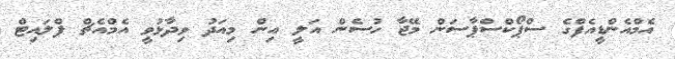
އެމްއެންޑީއެފްގެ ސްޕޯކްސްޕާސަން މޭޖާ ހުސެން އަލީ އިން މިއަދު ވިދާޅުވީ އެމްއެޗް ފްލައިޓް